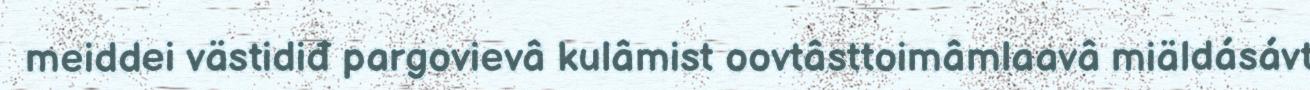
meiddei västidiđ pargovievâ kulâmist oovtâsttoimâmlaavâ miäldásávt